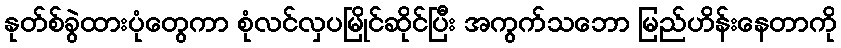
နုတ်စ်ခွဲထားပုံတွေကာ စုံလင်လှပမြိုင်ဆိုင်ပြီး အကွက်သဘော မြည်ဟိန်းနေတာကို